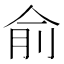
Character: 俞